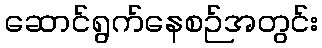
ဆောင်ရွက်နေစဉ်အတွင်း